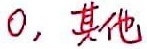
$0,\ 其他$